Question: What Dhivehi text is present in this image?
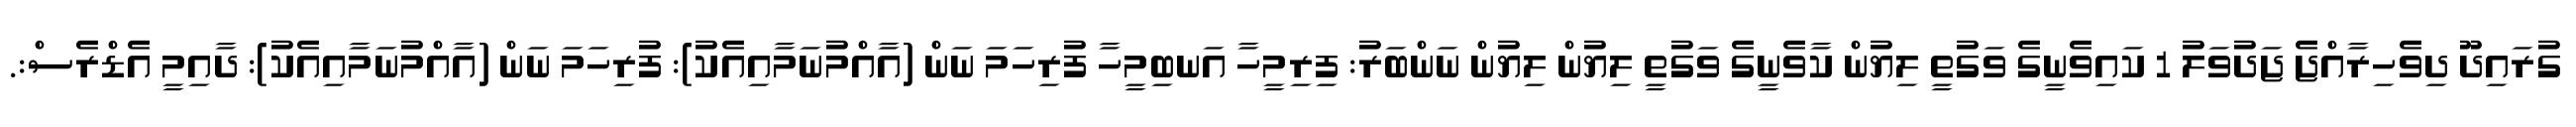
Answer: ގުރައިދޫ ދިވެހިރާއްޖެ ޖަދުވަލު 1 ކައިވެނީގެ ވަގުތީ ލިޔުން ކާވެނީގެ ވަގުތީ ލިޔުން ލިޔުން ނަންބަރު: ފިރިމީހާ އަނބިމީހާ ފުރިހަމަ ނަން (އާއްމުނަމާއިއެކު): ފުރިހަމަ ނަން (އާއްމުނަމާއިއެކު): ދާއިމީ އެޑްރެސް:.